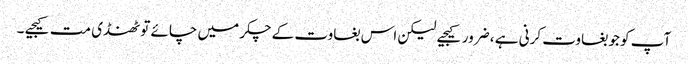
آپ کو جو بغاوت کرنی ہے ، ضرور کیجیے لیکن اس بغاوت کے چکر میں چائے تو ٹھنڈی مت کیجیے ۔